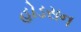
હોડસન